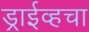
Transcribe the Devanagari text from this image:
ड्राईव्हचा